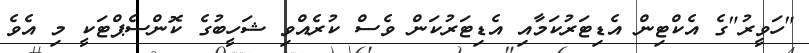
"ހަވީރު"ގެ އެކްޓިން އެޑިޓަރުކަމާއި އެޑިޓަރުކަން ވެސް ކުރެއްވި ޝަހީބުގެ ކޮންސެޕްޓަކީ މި އެވެ